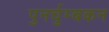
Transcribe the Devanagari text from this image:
पुनर्चुम्बकन